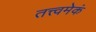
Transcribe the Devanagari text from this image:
तत्त्वमेकं